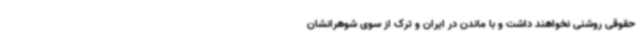
حقوقی روشنی نخواهند داشت و با ماندن در ایران و ترک از سوی شوهرانشان